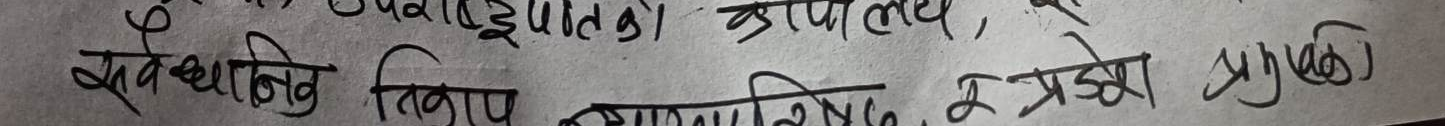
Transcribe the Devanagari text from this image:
स्ववस्थानी निकायल कार्यालय, ईन्द्रोडा मुराठी